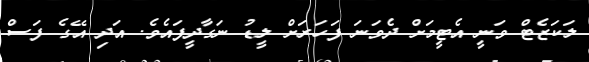
ލަކަޒެޓް ވަނީ އެޓީމަށް ދެވަނަ ފަހަރަށް ލީޑު ނަގާދީފައެވެ. އަދި އޭގެ ފަސް